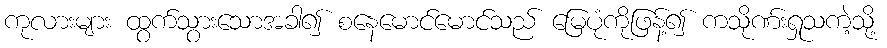
ကုလားများ ထွက်သွားသောအခါ၍ စနေမောင်မောင်သည် မြေပုံကိုဖြန့်၍ ကသိုဏ်းရှုသကဲ့သို့